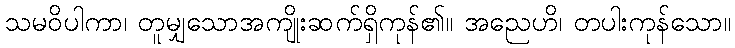
သမဝိပါကာ၊ တူမျှသောအကျိုးဆက်ရှိကုန်၏။ အညေဟိ၊ တပါးကုန်သော။